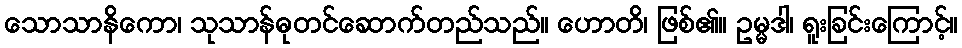
သောသာနိကော၊ သုသာန်ဓုတင်ဆောက်တည်သည်။ ဟောတိ၊ ဖြစ်၏။ ဥမ္မဒါ၊ ရူးခြင်းကြောင့်။